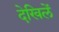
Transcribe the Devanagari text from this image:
देखिलें